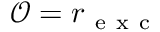
\mathcal { O } = r _ { \mathrm { ~ e ~ x ~ c ~ } }